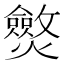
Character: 𤒥